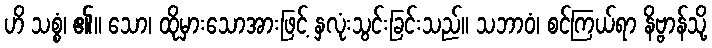
ဟိ သစ္စံ၊ ၏။ သော၊ ထိုမှားသောအားဖြင့် နှလုံးသွင်းခြင်းသည်။ သဘာဝံ၊ စင်ကြယ်ရာ နိဗ္ဗာန်သို့